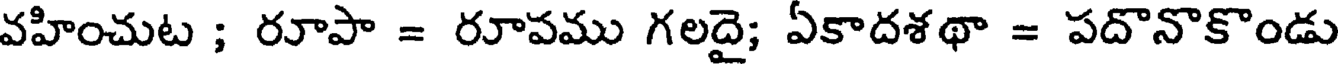
వహించుట ; రూపా = రూవము గలదై; ఏకాదశథా = పదొనొకొండు